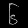
Digit: ၆